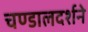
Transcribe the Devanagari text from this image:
चण्डालदर्शने